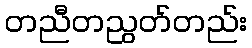
တညီတညွတ်တည်း